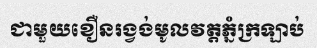
ជាមួយខឿនរង្វង់មូលវត្តភ្នំក្រឡាប់